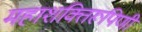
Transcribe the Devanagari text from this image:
महाशक्तिरूपिणी